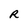
Character: R